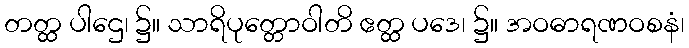
တတ္ထ ပါဌေ၊ ၌။ သာရိပုတ္တောဝါတိ ဧတ္ထ ပဒေ၊ ၌။ အဝဓာရဏဝစနံ၊